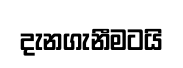
දැනගැනීමටයි